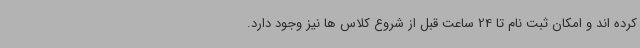
کرده اند و امکان ثبت نام تا 24 ساعت قبل از شروع کلاس ها نیز وجود دارد.